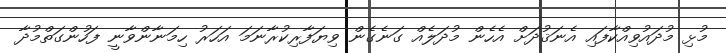
މުޅި މުދައުވިއްކާފައި އެނަޤުދަށް އެހެން މުދަލެއް ގަނެގެން ވިޔަފާރިކުރާނަމަ އަހަރު ހިމަނާންވާނީ ފަހުންގަތްމުދާ